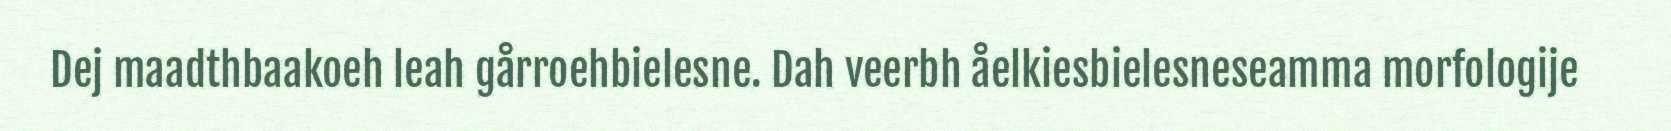
Dej maadthbaakoeh leah gårroehbielesne. Dah veerbh åelkiesbielesneseamma morfologije